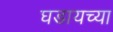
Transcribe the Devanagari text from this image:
घडायच्या